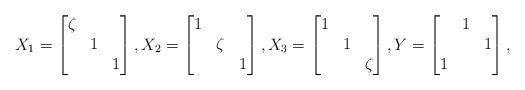
LaTeX: \begin{align*}X_1=\begin{bmatrix}\zeta&&\\&1&\\&&1\end{bmatrix},X_2=\begin{bmatrix}1&&\\&\zeta&\\&&1\end{bmatrix},X_3=\begin{bmatrix}1&&\\&1&\\&&\zeta\end{bmatrix},Y=\begin{bmatrix}&1&\\&&1\\1&&\end{bmatrix},\end{align*}